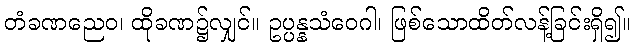
တံခဏညေဝ၊ ထိုခဏ၌လျှင်။ ဥပ္ပန္နသံဝေဂါ၊ ဖြစ်သောထိတ်လန့်ခြင်းရှိ၍။